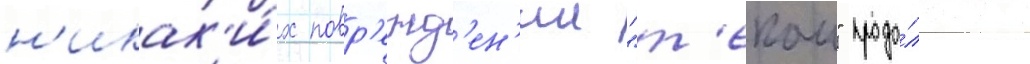
н'икак'и́х повр'ежд'ен'ии "т'екаи" продо́лжил